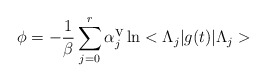
\begin{align*}\phi =-\frac{1}{\beta }\sum _{j=0}^{r}\alpha ^{\mbox {v}}_{j}\ln <\Lambda _{j}|g(t)|\Lambda _{j}>\end{align*}